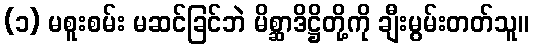
(၁) မစူးစမ်း မဆင်ခြင်ဘဲ မိစ္ဆာဒိဋ္ဌိတို့ကို ချီးမွမ်းတတ်သူ။